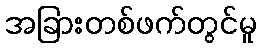
အခြားတစ်ဖက်တွင်မူ